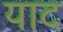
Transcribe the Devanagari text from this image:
याद